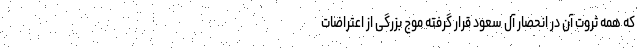
که همه ثروت آن در انحصار آل سعود قرار گرفته موج بزرگی از اعتراضات